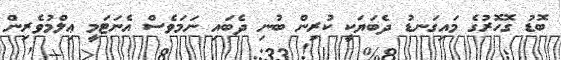
ބޮޑު ގޮހޮރުގެ މައިގަނޑު ދެބަޔަކީ ކުރިން ބުނި ދެބައި ނަމަވެސް އެނަޓަމީ ޢިލްމުވެރިން